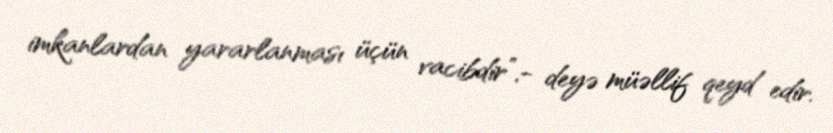
imkanlardan yararlanması üçün vacibdir”,- deyə müəllif qeyd edir.